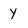
Character: y